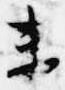
未